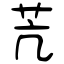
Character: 苀